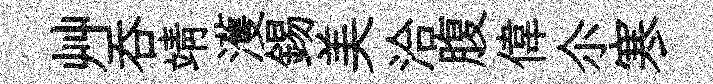
艸吞靖濩錫美洽腹偉尒寒